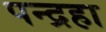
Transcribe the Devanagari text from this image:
पन्द्रहा